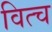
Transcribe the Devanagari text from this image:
वित्च